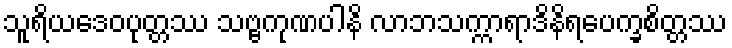
သူရိယဒေဝပုတ္တဿ သဗ္ဗကုဏပါနိ လာဘသက္ကာရာဒိနိရပေက္ခစိတ္တဿ